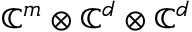
\mathbb { C } ^ { m } \otimes \mathbb { C } ^ { d } \otimes \mathbb { C } ^ { d }